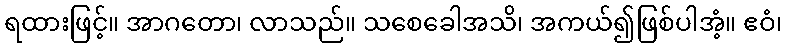
ရထားဖြင့်။ အာဂတော၊ လာသည်။ သစေခေါအသိ၊ အကယ်၍ဖြစ်ပါအံ့။ ဧဝံ၊